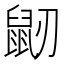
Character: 𪔺